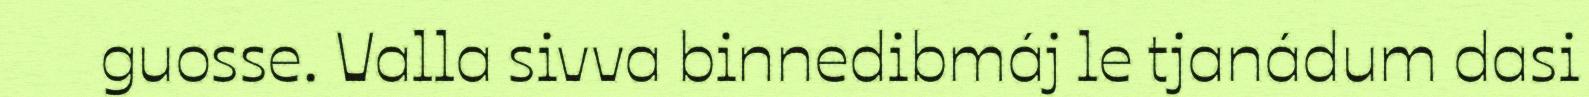
guosse. Valla sivva binnedibmáj le tjanádum dasi